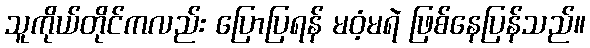
သူကိုယ်တိုင်ကလည်း ပြောပြရန် မဝံ့မရဲ ဖြစ်နေပြန်သည်။